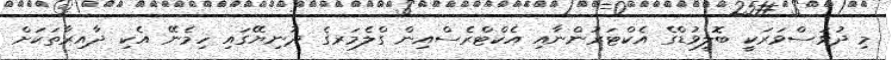
މި ދުވަސްވަރަކީ ބޮލީވުޑްގެ އެކްޓަރުންނާއި އެކްޓްރެސްއިން ގްލެމަރގެ ދުނިޔޭގައި ހިމެނޭ އެކި ދާއިރާތަކަށް